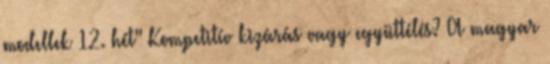
modellek 12. hét" Kompetitív kizárás vagy együttélés? A magyar